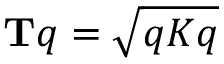
\mathbf { T } q = { \sqrt { q K q } }